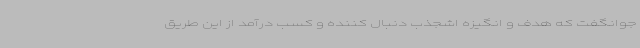
جوانگفت که هدف و انگیزه اشجذب دنبال کننده و کسب درآمد از این طریق